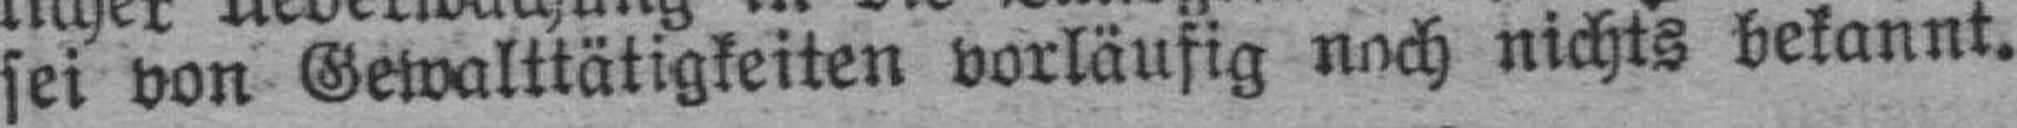
sei von Gewalttätigkeiten vorläufig noch nichts bekannt.